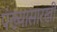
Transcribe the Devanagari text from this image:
पंख्यासारखी